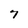
Character: 7